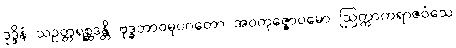
ဒုဒ္ဒိနံ သဥတ္တရစ္ဆဒန္တိ ဗုဒ္ဓဘာဝမုပဂတော အဝကုဇ္ဇောပမော ဩက္ကာကရာဇဝံသေ